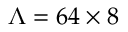
\Lambda = 6 4 \times 8